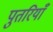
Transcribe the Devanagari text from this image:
पुतरियाँ